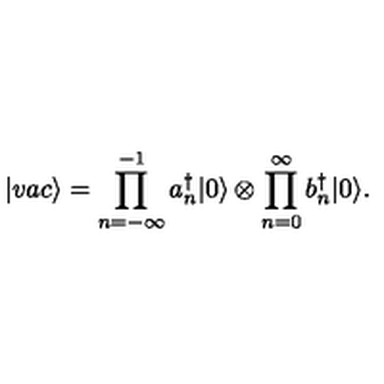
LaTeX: | v a c \rangle = \prod _ { n = - \infty } ^ { - 1 } a _ { n } ^ { \dagger } | 0 \rangle \otimes \prod _ { n = 0 } ^ { \infty } b _ { n } ^ { \dagger } | 0 \rangle .